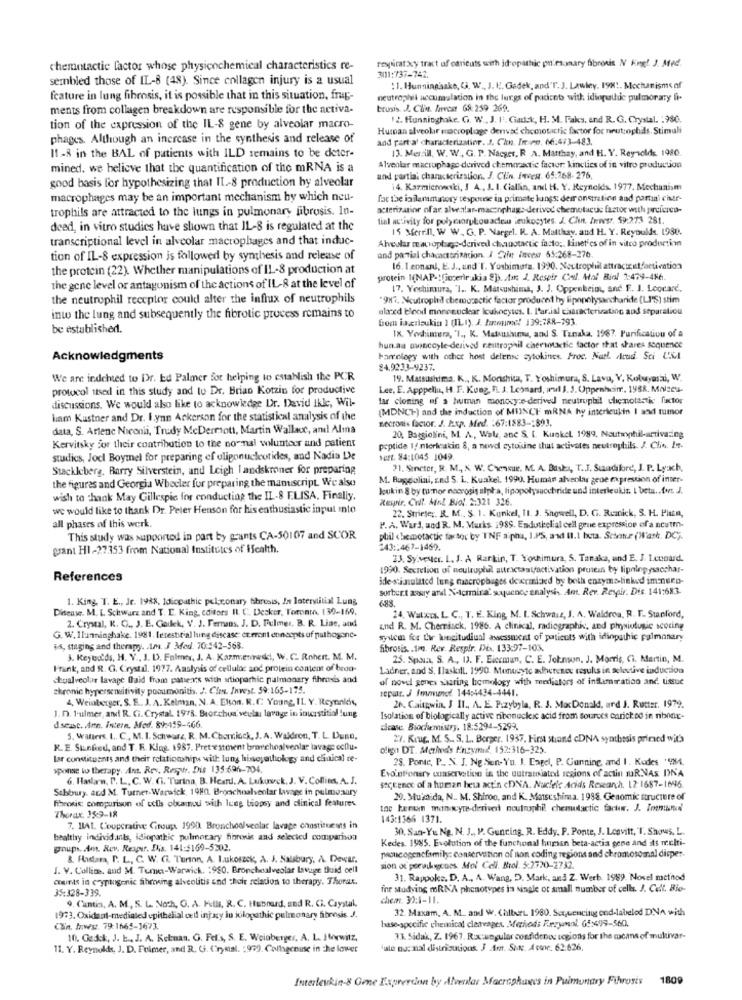
respirar xy tract of caricuts with id opathic on sumary fibrosis N Engl J Med.
chemintactic lactor whose physicochemical characteristics re-
3011:737-742.
sembled those of IL-8 (48). Since collagen injury is a usual
: 1. Hunningaske, Ca. W ., J. K. Gadek, and'T. J. Lawley, 198 !. Mechanisms of
feature in lung fibrosis, it is possible that in this situation, frug-
neutrophil accumulation in the lungs of pacicet with idioguide pulmonary fi-
ments from collagen breakdown are responsible for the activa-
brusis. J. Cline. Arvest 68: 259 269.
12. Hunninghake. G. W ., J. I'. Ciadck, H. M. Faks, and R. G. Crystal. : 980.
tion of the expression of the IL-8 gene by alveolar macro-
Human alveolar macroplage derivać chemotactic factor for neutrophils. Stimuli
phages. Although an increase in the synthesis and release of
and part al characterization. J. Chen. Iniee. 66:473-483.
13. Merill, W. W. G. P. Nacaer, R. A. Matthay, and H. V. Reynolds, 1980.
I1 -8 in the BAL of patients with ILD remains to be deter-
mined. we believe that the quantification of the mRNA is a
Alveolar macrophage derived chemmaactie factor: kinclies of in vitro production
good basis for hypothesizing that IL-8 production by alveolar
and partia: characterization. J. Clin. Inves. 65.768-276,
14. Kazmicroetki, I A , J. I. Ciallin, and H. Y. Reynolds. 1977. Mechanism
macrophages may be an important mechanism by which neu-
fac the inflammatory response in primate lungs: demonstration and partai char-
trophils are attracted to the lungs in pulmonary fibrosis. In-
acterizatior of ar. alvezlar-maccophag :- derived chemotactic factor with parcicreo-
tial activity for poly corylowadlem leukocytes. J. Chint. Jewsr. 59:273 281.
deed, in vitro studies have shown that IL-8 is regulated at the
15 Merrill, W W. G. P. Naegel. I. A. Matthay, and H. Y. Reynolds. 1930.
transcriptional level in alveolar macrophages and that induc-
Alveolar macrophago-derived chanotactic facto: linet'es of in vitro production
tion of IL-8 expression is followed by synthesis and release of
and partial characterization. I Ctie incest 65:268-276.
the protein (22). Whether manipulations of IL-8 production at
16. 1 ennan, E. J ., and"T. Yoshimura. 1990. Neutrophil attractcutfactivation
protein 1(NAP -! fimcerrakia 8]s. tar. J. Respir Call. Mol Biol 2:479-486.
the gene level or antagonism of the actions of IL-8 at the level of
17. Yoshimura, "I .. K. Matsushima, J. J. Oppenheio, and F. J. Loocare.
the neutrophil receptor could alter the influx of neutrophils
"987, Neutrophil chemorectic factor produced by lipopolysaccharide (LI'S) stim
alared blood mononuclear Icuhogytes. I. P'arial characterization and separation
inw the lung and subsequently the fibrotic process remains to
bom ixanaukia 1 (IL1). J. Jemume! 139:788-193.
be established.
IX. Yochimera, "I ., K. Matsushuma, and S. Tanaka, 1987. Purification of a
hun.aa owincoyle-derived resitrophil cherintactic factor that shares Sequence
Acknowledgments
hamelegy with other host delense cytokines. Proc. Natl. Acad Sci U.M.l
84.9233-9237.
We are indched to Dr. Ed Palmer for helping to establish the PCR
19. Matsushima. K ., K. Morishiza, T. Yoshimura, S. Lavu, Y, Koluyasai, W.
protocol ttsed in this study and to Dr. Brian Kotzin for productive
Lee, E. Apppeliu, H. F. Kung, f. J. Leonard, aut 3. 3. Oppenheim, 1988. Maiseu-
discussions. We would also like to acknowledge Dr. David Ikke, Wil-
tar cloning of a human monocy:e-derived neutrophil chemotactic fixctor
(MDNCH) and the induction of MINCF mRNA hy interleukin I and tumor
ham Kastner and Dr. I.ynn Ackerson for the statistical analysis of the
necrosis factor. J. Exp. Med. : 67:1583 -: 893.
data, S. Artenc Niconii, Trudy McDermott, Martin Wallace, and Alma
20. Baggiolini, M. A ., Wal, anc &. [. Kunkel. 1999. Neutrophil-arriva:ing
Kervitsky for their contribution to the no nal wiluntoer and patient
peptide 1/ mlerleukin &, a newvd cytokine that activates neutrophils. J. Clin. It-
studies, Jocl Boymel for preparing ef oligonucleotides, and Nadia De
Seft. 84:1045 1049
Stackleberg, Barry Silverstein, and Leigh landskroner for preparing
?1. Sincter, R. M ., X, W. Chensue. M. A. Baskı, T. J. Sudibre, J. P. Lyxch,
the figures and Georgia Wheeler for preparing the manuscript. We also
M. Rugolini, and S. L. Kuakel. 1990. Human alveolar gene expression of inter-
Joukin & by tumor necrosis alpla, lipopolysacchride und interleukin. 1 beta .. tus J.
wish to thank May Gillespie for conducting the IL-8 E.LISA. Finally.
Respir. Cult. Mol Biol. 2:321 326.
we would like to thank Dr. Peter Henson for his enthusiastic input into
22. Strieser. R. M ., S. 1. Kunkel, 11. 3. Showell, D. G. Riznick, S. H. PisEn,
P. A. Ward, and R. M. Murks 1989. Endutkelial cell gene expression of a neutm-
all phases of this werk.
This study was supported in part by grants CA-30107 and SCOR
phil chemotactic fartor by INF a pha, I.PS, and II.1 beta. Scine (Wash. DC).
grant HI-27353 from National Institutes of Health.
243 :: 467-1469.
23. Sy.vester. I. J. A Rarkin, T. Youhimura, S. Tanaka, and E. J. 1.conard.
1990. Secretion of neutrophil attractaalfactivation prosess by lipningysacchar-
References
ide-stimulated lung macrophages dovermiked by both enzyms-linked imnero-
sorbert away and Nelermira' sequence analysis. Ant. Rev. Respir. Des. 141:683.
1. King. T. E ., Je. 1988, Idiopathic pel;ronary thresis, In laterstitial Lung
688.
Disease. M. L. Schwarz and T. L. King, editors R. C. Decker, Toronto, 130-169.
2. Crystal, K. C ., J. E. Goikek, V. J. Fermans, J. D. Fulmer. B. R. Line, and
24. Watxis. L. C ., I. E. King, M. I. Schwarz, J. A. Waldron, R. F. Stanford,
and R. M. Cherriack, 1986. A clinical, radiographiv, and physiologie scoring
G. W. Ilunninghake. 1981. fetestrial lung disease: eteront concepts of pathogene-
system for tir longitudinal assessment of patients with idiopathic pulmonary
$4, staging and therapy. m. J Med. 70:542-568.
fibrosis. . 1m. Rev. Respir, Di. 133:97-103.
3. Reynolds, H. Y ., J. D. Falmer, J. A. Kazmenneddi, W. C. Rohert. M. M.
25. Spain, S. A ., I. F. Eiccmun, C. E. Johnson, J. Morris, Ci. Martin, M.
Frank, and R. G. Crystal. 1977. Analysis of cellular and protein content of brod-
Ladner, and S. Ilaskill. 1990. Monocyte adherenex results in selective induction
Stualveolar lavage fraid from paters with artioparhic pulmonary fihrerds and
of pove genes sharing homology with mediators of inflammation and tissue
chronic hypersensitivity pooumonitis. J. Cies. Invest. 59:165-175.
repair. J fmenoe. 144:4434-4441.
4, Weinberger, S. E .. J. A. Kelman, N. A. Elson. R.C. Young, IL Y. Reynolds,
J. D. 1-ulmer, and R. Ci. Crystal. 1978. Beorchua' veula: lavage in inurstitial !ung
26. Cautgwin, J I1 ., A. E. Przybyla, R. J. MacDonald, ard J. Rutter. 1979.
Isolation of biologically active ribonucleic acid from sources caricked in nbone-
dseast. Arn. Intern. Afod. 89:419-466.
dease Biochemistry, 18:5294-5299.
5. Walters. I. C ., M. I. Schwarz, R. M.Choriock, J. A. Waldron, T. L. D'uso,
27. Kour, M. S .. S. L. Berger, 1937. First strand cDNA synthesis printed wit's
R. E. Stunfed, and T. R. King, 1987. Pretestoient brachoalvenlar lavage ocilu-
oligo DT. Marlind's Enzymesd. 152:316-325
lar constituents and their relationships will lung histopathology and chuical ce-
28. Porec, P .. N. J. Ng Sun- Yu. J. Lagel, P. Gunning, and 1. Kodes '984.
>ponse lo therapy. Ant. Rev. Respstr. Dis 135:696-704.
Evointionary conservation in the uutransiated regions of actin JR.NAS DNA
6. Haslarn, D. L. C. W. Gi. Turina, B. Heard. A. Lukunvck. J. V. Coflim, A. J.
Sabsbury. and M. Turner-Warwick, 1980. Bronchialventar Lavage in palmosary
sectence of a human beta act'n cDNA. Nucleic Acids Research. 12-1687-1696.
fibrosis: comparison of cells obxamuu with lung biopsy and clinical features
29. Must,da, N. M. Shiroo, and K. Matsushima. 1938. Genomic structure of
toc herum man wywe-derived noutrophil chemuttactic factor. J. Immunol
Thorax. 15:9-18
143:1366 1371.
7. BAL. Cooperative Group. 1990 Bronchoalveolac lavage constituents in
30. San-Yu Ng. N. J ., P. Gunring. R. Eddy. P. Ponte, J. Leavitt, T. Shows, L.
healthy individants, idiopathic pulmonary fibrenis and selected comparison
Kedes. 1985. Evolution of the funchonal human beta-actia gene and its multi-
groups. Ant. Rev. Respir. Dis. 141:5169-5202.
8. Hastara, T. L, C. W. C. Turion, A. Lukotzek, A. J. Salsbury, A. Dewtr.
poucogencfamily: conservation of non coding regions and chromosomal disper-
I. V. Collime, and M. Tema-Warwick. 1980. Bronchoalveolar Lavage fluid cell
sion of perakogcoes. Mol Cell. Brol. 5:2720-2732.
counis in cryptogenic fihroning alveolitis and "hair relation to therapy. Thorax.
31. Rappoks, D. A ., A. Wang, D. Mark, and Z. Werb. 1989. Novel method
35:328-339.
for studying mRNA phenotypes in single or small number of cells. J. Celt. Bio-
che.n. 30:1-11.
9. Cantin, A. M ., S. L. Noch, G. A. Falls, R. C. Hubnard, and R. Ci. Crystal,
32 Maxam, A. M. and W. Chilber 1980. Sequencing end-labeled DNA with
1973. Oxidant-mediated epithelial ced injury lu jólopathic pulmonary fibrosis J.
base-specific chemical cleavages. Methods Fezyol. 65:499-560).
Can. Mwst. 79:1665-1673.
10. Gadek, J. E ., J. A. Kekuan. G. Fel.s, S. E. Weinberger, A. L. Iwwwitz,
33. Sidak, Z. 1967. R:x:angular confidenos regions for the means of multivar-
11. Y. Reynolds, J. D. Fuimer, and R. G. (rymal. : 979. Collagenine in the lower
'ale no: mal distributions. J Am. Sun. A conc. 62.626.
Interleukin-& Omne Exprercion by Alvenlar Macraghunes in Puimunary Fibrosis
1809